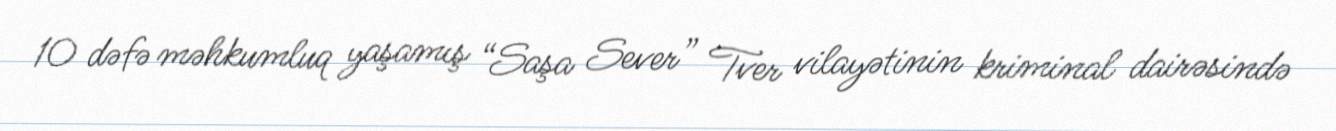
10 dəfə məhkumluq yaşamış “Saşa Sever” Tver vilayətinin kriminal dairəsində